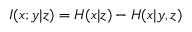
I ( x ; y | z ) = H ( x | z ) - H ( x | y , z )